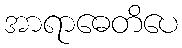
အာရာဓေတိပေ